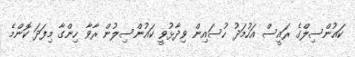
ކައުންސިލްގެ ރައީސް އަހުމަދު ހުސައިން ވިދާޅުވީ ކައުންސިލުން ރާވާ ހިންގާ މިފަދަ ކޮންމެ